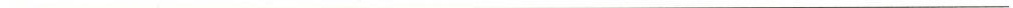
___